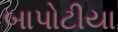
બાપોટીયા